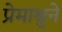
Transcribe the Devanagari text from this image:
प्रेमाश्रुने